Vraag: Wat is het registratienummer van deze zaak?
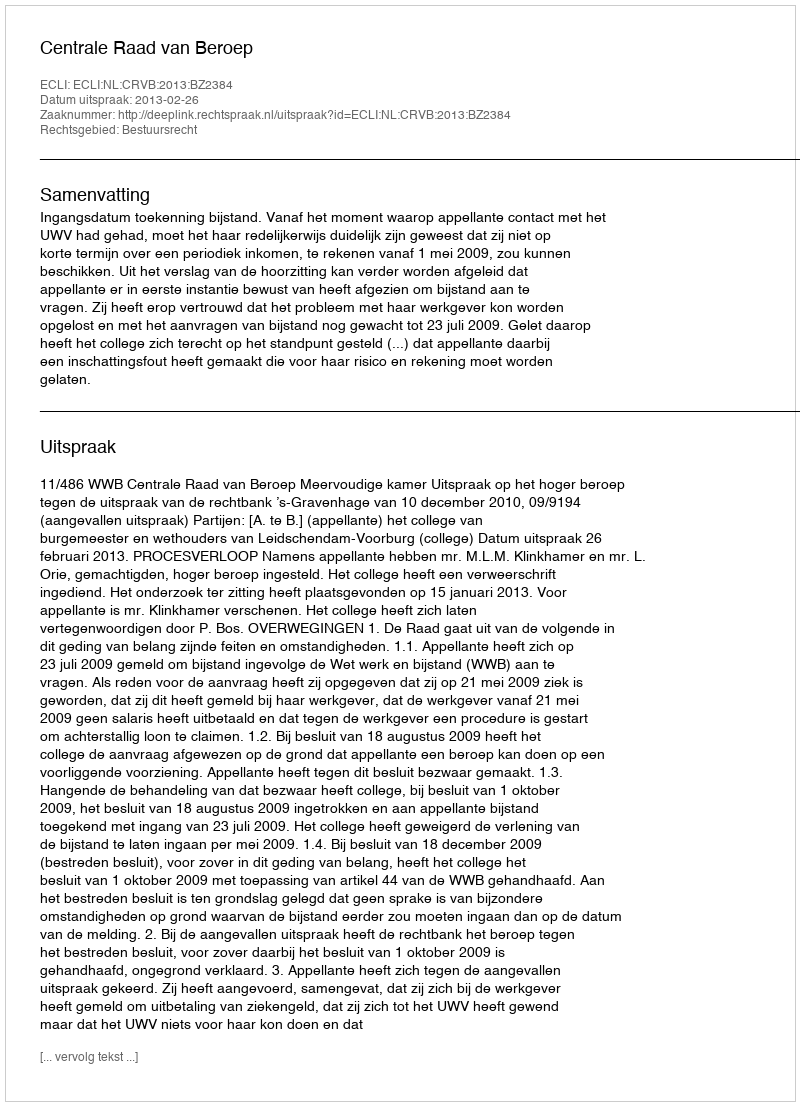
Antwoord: http://deeplink.rechtspraak.nl/uitspraak?id=ECLI:NL:CRVB:2013:BZ2384